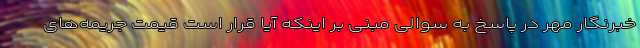
خبرنگار مهر در پاسخ به سوالی مبنی بر اینکه آیا قرار است قیمت جریمه‌های